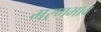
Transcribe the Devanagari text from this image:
मरणभाव